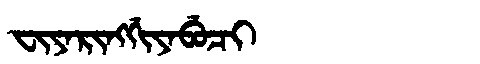
Manchu: ᠸᡳᠶᠠᡵᡳᠩᡤᡳᠶᠠᠪᡠᠴᡳ
Romanization: FIYARINGGIYABUCI